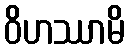
ဝိဟဿာမိ